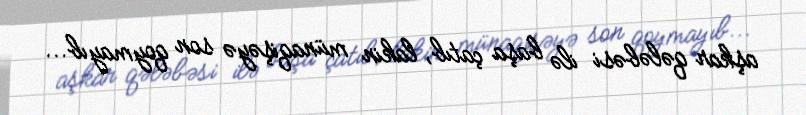
aşkar qələbəsi ilə başa çatıb, lakin münaqişəyə son qoymayıb...